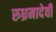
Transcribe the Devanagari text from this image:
रुध्रमादेवी